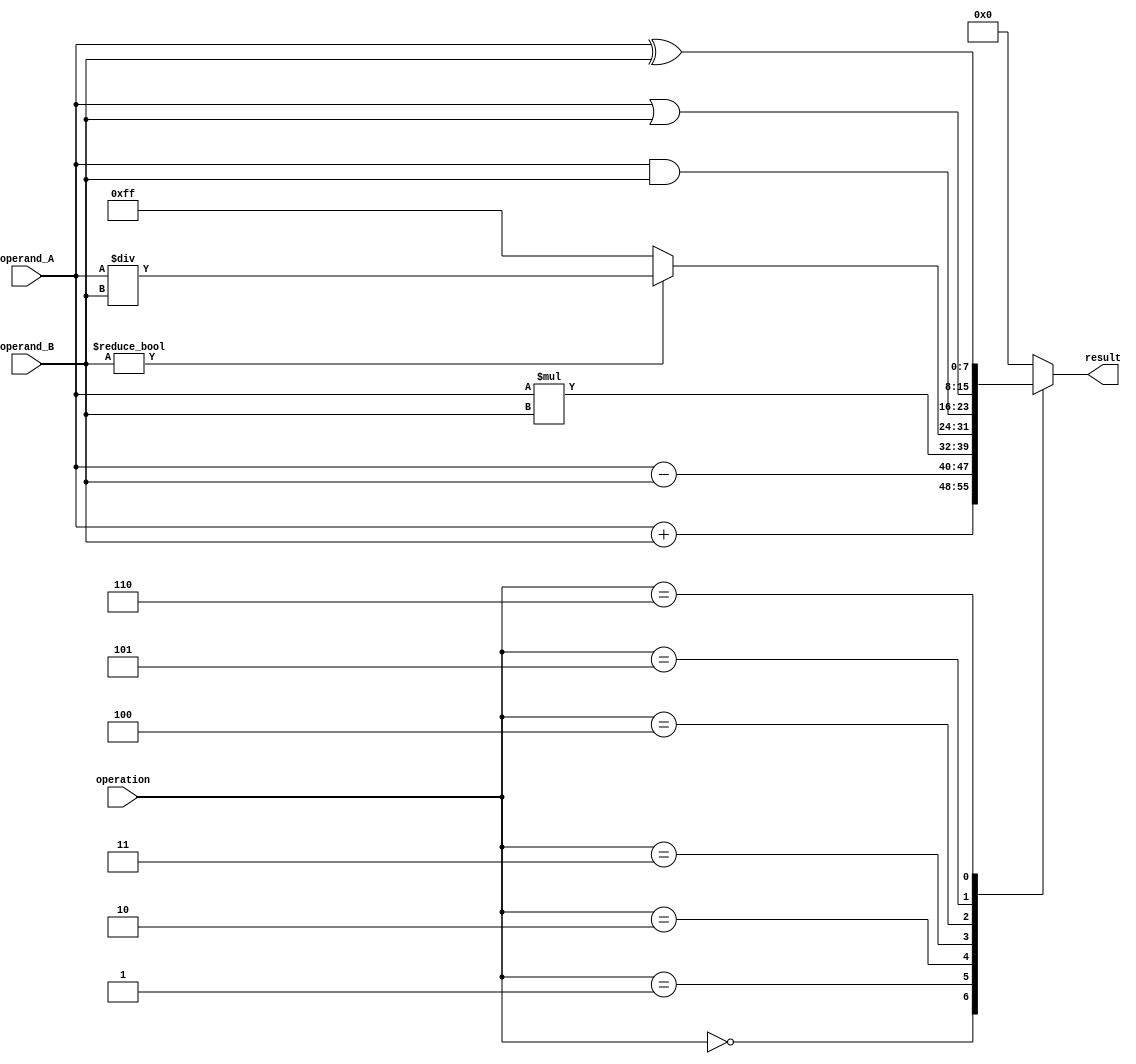
module ALU (
    input wire [7:0] operand_A,
    input wire [7:0] operand_B,
    input wire [2:0] operation,
    output wire [7:0] result
);

reg [7:0] internal_register;

always @ (*)
begin
    case(operation)
        3'b000: result = operand_A + operand_B; // addition operation
        3'b001: result = operand_A - operand_B; // subtraction operation
        3'b010: result = operand_A * operand_B; // multiplication operation
        3'b011: if(operand_B != 0) result = operand_A / operand_B; // division operation
                 else result = 8'hFF; // handle divide by zero case
        3'b100: result = operand_A & operand_B; // bitwise AND operation
        3'b101: result = operand_A | operand_B; // bitwise OR operation
        3'b110: result = operand_A ^ operand_B; // bitwise XOR operation
        default: result = 8'h00;
    endcase
end

endmodule